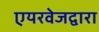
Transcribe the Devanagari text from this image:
एयरवेजद्वारा